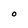
Character: O